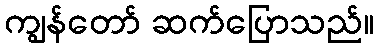
ကျွန်တော် ဆက်ပြောသည်။